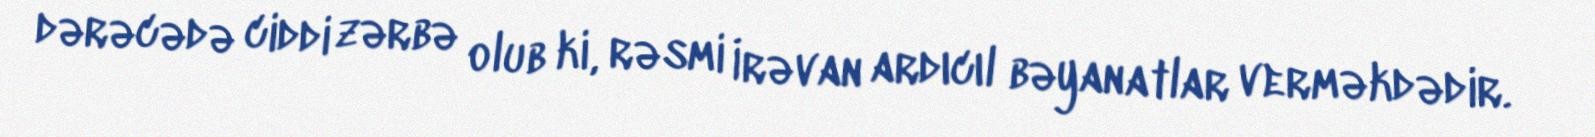
dərəcədə ciddi zərbə olub ki, rəsmi İrəvan ardıcıl bəyanatlar verməkdədir.